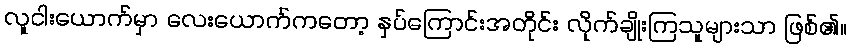
လူငါးယောက်မှာ လေးယောက်ကတော့ နှပ်ကြောင်းအတိုင်း လိုက်ချိုးကြသူများသာ ဖြစ်၏။